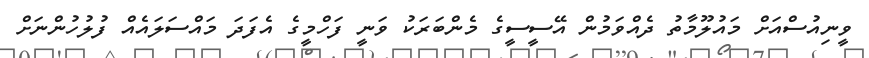
ވީނިއުސްއަށް މައުލޫމާތު ދެއްވަމުން އޭސީސީގެ މެންބަރަކު ވަނީ ފަހްމީގެ އެފަދަ މައްސަލައެއް ފުލުހުންނަށް